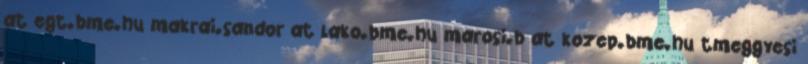
at egt.bme.hu makrai.sandor at lako.bme.hu marosi.b at kozep.bme.hu tmeggyesi